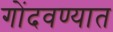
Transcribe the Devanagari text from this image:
गोंदवण्यात